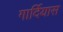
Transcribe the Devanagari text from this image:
गार्दियास